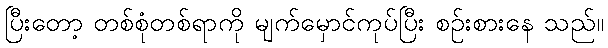
ပြီးတော့ တစ်စုံတစ်ရာကို မျက်မှောင်ကုပ်ပြီး စဉ်းစားနေ သည်။